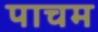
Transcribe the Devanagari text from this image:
पाचम